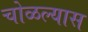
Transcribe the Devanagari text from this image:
चोळल्यास